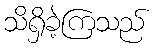
သိရှိခဲ့ကြသည်